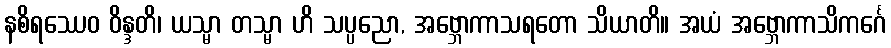
နစိရဿေဝ ဝိန္ဒတိ၊ ယသ္မာ တသ္မာ ဟိ သပ္ပညော, အဗ္ဘောကာသရတော သိယာတိ။ အယံ အဗ္ဘောကာသိကင်္ဂေ